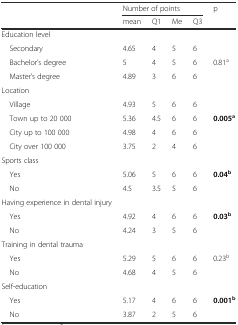
<table><thead><tr><td rowspan="2"></td><td colspan="4"><b>Number of points</b></td><td rowspan="2"><b>p</b></td></tr><tr><td><b>mean</b></td><td><b>Q1</b></td><td><b>Me</b></td><td><b>Q3</b></td></tr></thead><tbody><tr><td>Education level</td><td></td><td></td><td></td><td></td><td></td></tr><tr><td> Secondary</td><td>4.65</td><td>4</td><td>5</td><td>6</td><td></td></tr><tr><td> Bachelor’s degree</td><td>5</td><td>4</td><td>5</td><td>6</td><td>0.81<sup>a</sup></td></tr><tr><td> Master’s degree</td><td>4.89</td><td>3</td><td>6</td><td>6</td><td></td></tr><tr><td>Location</td><td></td><td></td><td></td><td></td><td></td></tr><tr><td> Village</td><td>4.93</td><td>5</td><td>6</td><td>6</td><td></td></tr><tr><td> Town up to 20 000</td><td>5.36</td><td>4.5</td><td>6</td><td>6</td><td><b>0.005</b><sup><b>a</b></sup></td></tr><tr><td> City up to 100 000</td><td>4.98</td><td>4</td><td>6</td><td>6</td><td></td></tr><tr><td> City over 100 000</td><td>3.75</td><td>2</td><td>4</td><td>6</td><td></td></tr><tr><td>Sports class</td><td></td><td></td><td></td><td></td><td></td></tr><tr><td> Yes</td><td>5.06</td><td>5</td><td>6</td><td>6</td><td><b>0.04</b><sup><b>b</b></sup></td></tr><tr><td> No</td><td>4.5</td><td>3.5</td><td>5</td><td>6</td><td></td></tr><tr><td>Having experience in dental injury</td><td></td><td></td><td></td><td></td><td></td></tr><tr><td> Yes</td><td>4.92</td><td>4</td><td>6</td><td>6</td><td><b>0.03</b><sup><b>b</b></sup></td></tr><tr><td> No</td><td>4.24</td><td>3</td><td>5</td><td>6</td><td></td></tr><tr><td>Training in dental trauma</td><td></td><td></td><td></td><td></td><td></td></tr><tr><td> Yes</td><td>5.29</td><td>5</td><td>6</td><td>6</td><td>0.23<sup>b</sup></td></tr><tr><td> No</td><td>4.68</td><td>4</td><td>5</td><td>6</td><td></td></tr><tr><td>Self-education</td><td></td><td></td><td></td><td></td><td></td></tr><tr><td> Yes</td><td>5.17</td><td>4</td><td>6</td><td>6</td><td><b>0.001</b><sup><b>b</b></sup></td></tr><tr><td> No</td><td>3.87</td><td>2</td><td>5</td><td>6</td><td></td></tr></tbody></table>